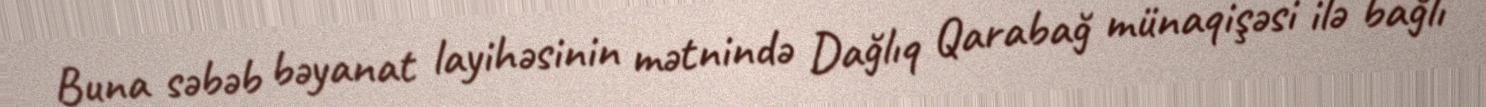
Buna səbəb bəyanat layihəsinin mətnində Dağlıq Qarabağ münaqişəsi ilə bağlı